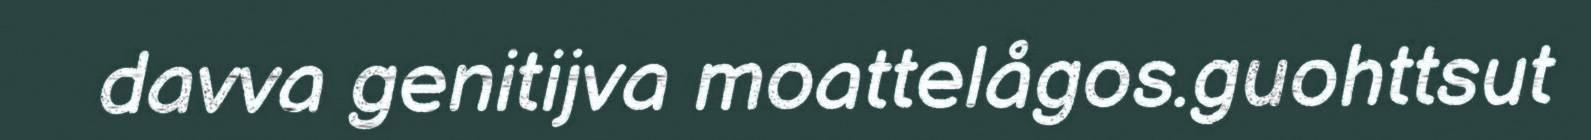
davva genitijva moattelågos.guohttsut